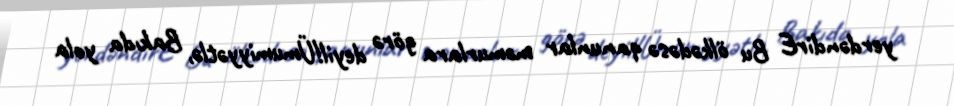
yerdəndirE Bu ölkədəsə qanunlar məmurlara görə deyil!Ümumiyyətlə, Bakıda yola